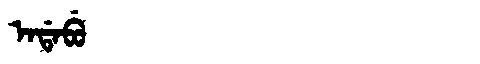
Manchu: ᠠᡩᠠᠪᡠ
Romanization: ADABU